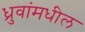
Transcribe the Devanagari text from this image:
ध्रुवांमधील